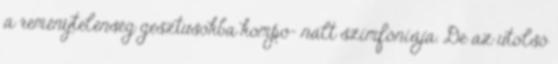
a reménytelenség gesztusokba kompo- nált szimfóniája. De az utolsó